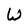
Character: W